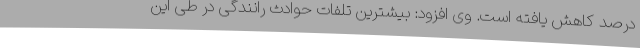
درصد کاهش یافته است. وی افزود: بیشترین تلفات حوادث رانندگی در طی این